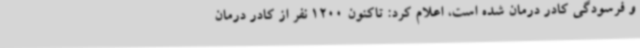
و فرسودگی کادر درمان شده است، اعلام کرد: تاکنون 1200 نفر از کادر درمان